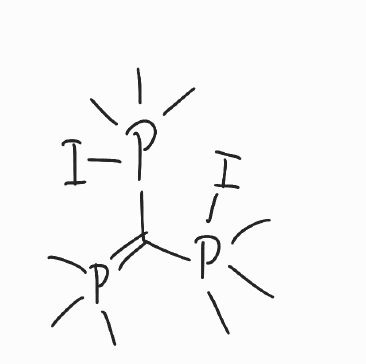
Simplified molecular-input line-entry system (SMILES) notation of the given molecule:
CP(=C(P(C)(C)(C)I)P(C)(C)(C)I)(C)C